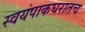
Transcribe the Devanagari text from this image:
स्वयंपाकघरातच